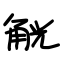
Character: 觥